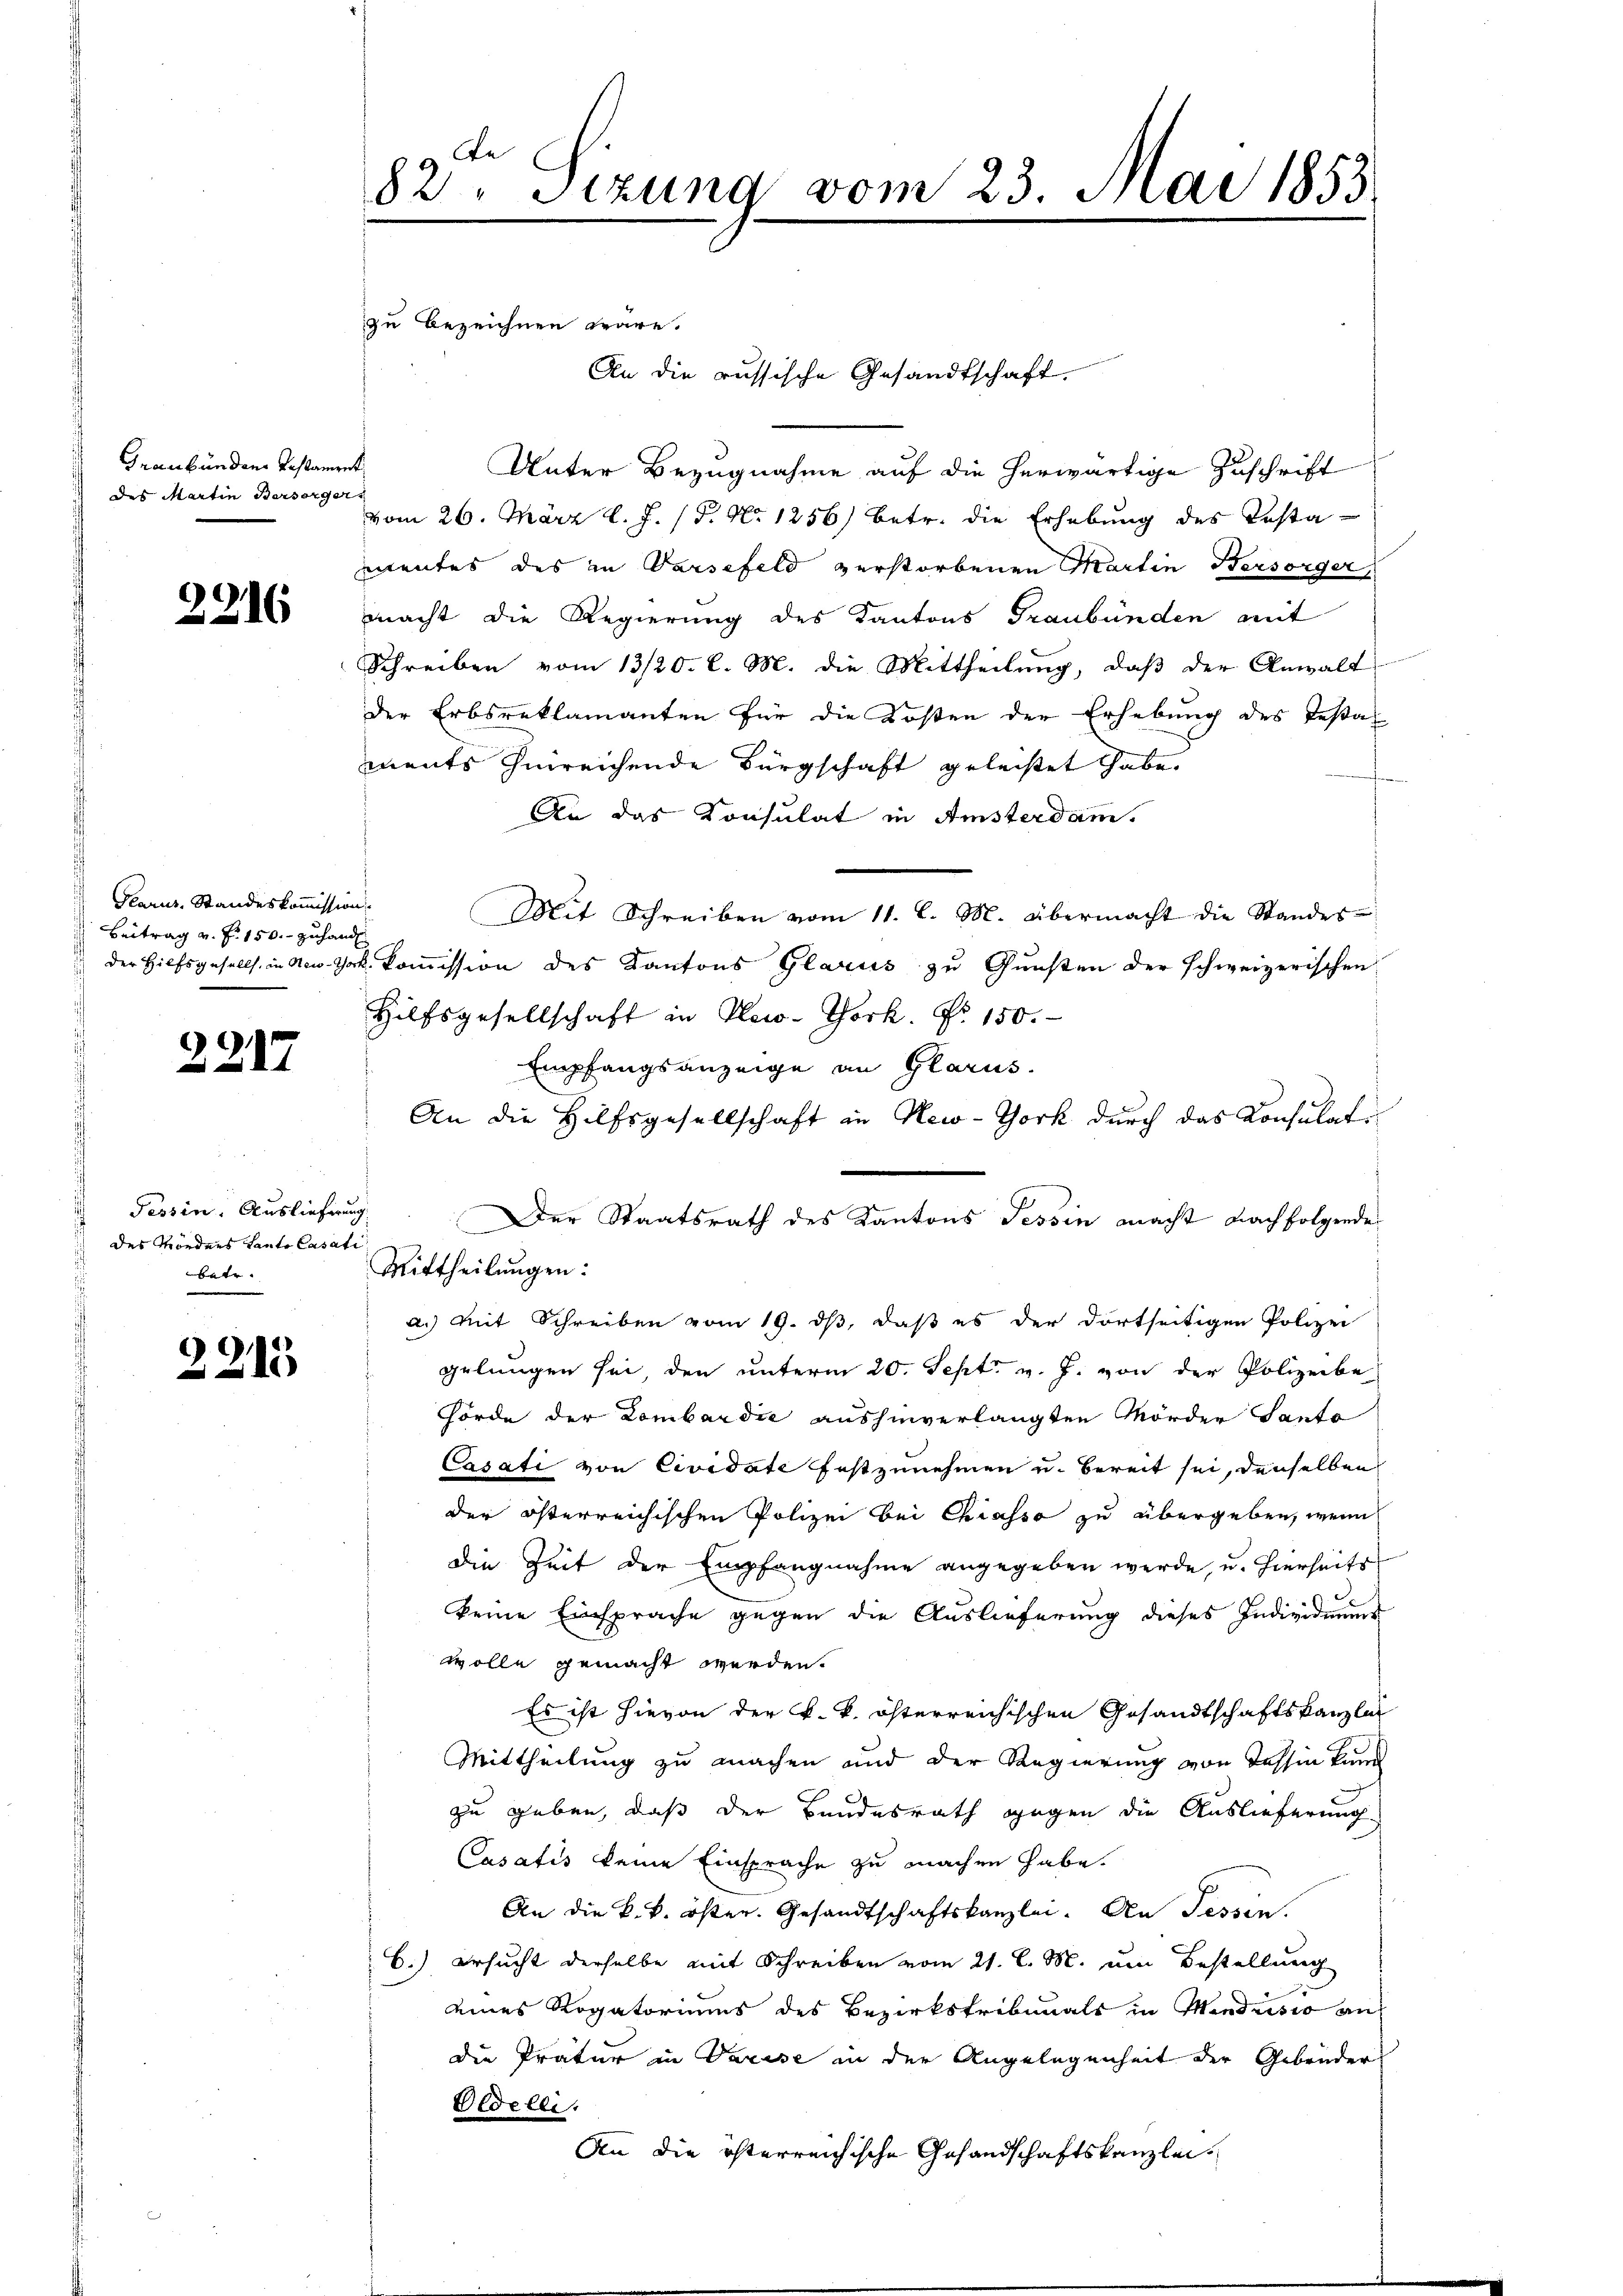
Graubünden Testame
des Martin Bersorge

2216

Glarus, Standeskommission
Beitrag v. f. 150.- zuhandl
der Hilfsgesells, in New-Thort

2217

Tessin. Auslieferung
des Mordens Canto Casati
betr.

2215

82. Sizung vom 23. Mai 1853.

zu bezeichnen wäre.
An die russische Gesandtschaft,
Unter Bezugnahme auf die herwärtige Zuschrift
g
vom 26. März l. J. (T. No 1256) betr. die Erhebung des Testa-
mentes des in Varsefeld verstorbenen Martin Bersorger,
macht die Regierung des Kantons Graubünden mit
Schreiben vom 13/20. l. M. die Mittheilung, daß der Anwalt
der Erbsreklamanten für die Kosten der Erhebung des Testaments hinreichende Bürgschaft geleistet habe.
f
An das Konsulat in Amsterdam.
.
Mit Schreiben vom 11. l. M. übermacht die Standes¬
Kommission des Kantons Glarus zu Gunsten der schweizerischen
Hilfsgesellschaft in Plew-York. Nr. 150.
Empfangsanzeige an Glarus.
An die Hilfsgesellschaft in New-York durch das Consulate
Der Staatsrath des Kantons Tessin macht nachfolgende
Mittheilungen:
a. Mit Schreiben vom 19. ds, daß es der dortseitigen Polizei
gelungen sei, den unterm 20. Sept. v. J. von der Polizeibe
Hörde der Lombardić aushinverlangten Mörder Santo
Casati von Cividate festzunehmen u. bereit sei, denselben
der österreichischen Polizei bei Chiasso zu übergeben, wenn
die Zeit der Empfangnahme angegeben werde, u. hierseits
keine Einsprache gegen die Auslieferung dieses Individuums
wolle gemacht werden.
Es ist hievon der k. k. österreichischen Gesandtschaftskanzlei
Mittheilung zu machen und der Regierung von Tessin kann
zu geben, daß der Bundesrath gegen die Auslieferung
Casatis keine Einsprache zu machen habe.
An die k. k. öster. Gesandtschaftskanzlei. An Tessin,
C.) ersucht derselbe mit Schreiben vom 21. l. M. um Bestellung
eines Rogatoriums des Bezirkstribunals in Mendrisio an
die Pratur in Varise in der Angelegenheit der Gebäuder
Bidelle.
An die österreichische Gesandschaftskanzlei